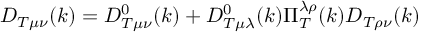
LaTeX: D _ { T \mu \nu } ( k ) = D _ { T \mu \nu } ^ { 0 } ( k ) + D _ { T \mu \lambda } ^ { 0 } ( k ) \Pi _ { T } ^ { \lambda \rho } ( k ) D _ { T \rho \nu } ( k )